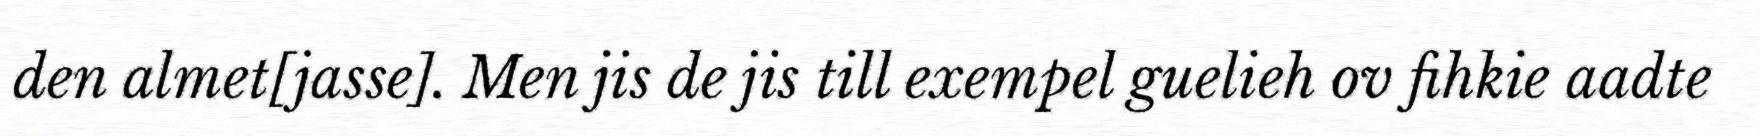
den almet[jasse]. Men jis de jis till exempel guelieh ov fihkie aadte